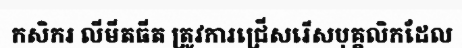
កសិករ លីមីតធីត ត្រូវការជ្រើសរើសបុគ្គលិកដែល